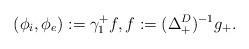
LaTeX: \begin{align*} (\phi_i,\phi_e):=\gamma^+_1 f, f:=(\Delta^D_+)^{-1} g_+.\end{align*}